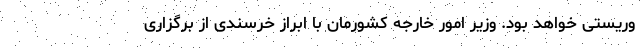
وریستی خواهد بود. وزیر امور خارجه کشورمان با ابراز خرسندی از برگزاری